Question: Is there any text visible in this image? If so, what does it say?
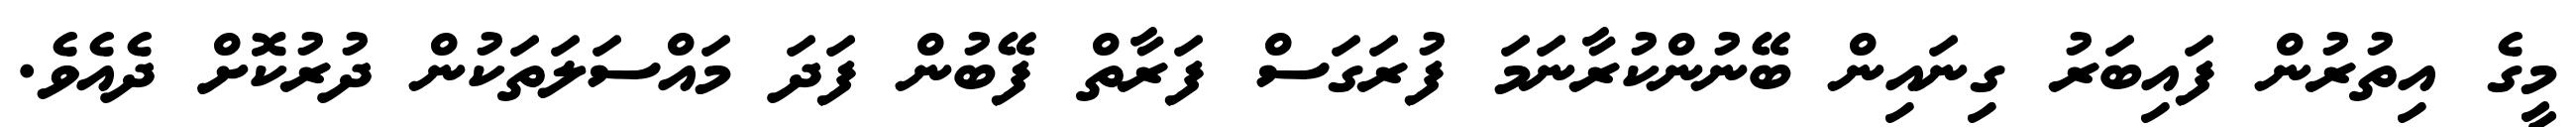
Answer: މީގެ އިތުރުން ފައިބަރު ގިނައިން ބޭނުންކުރާނަމަ ފުރަގަސް ފަރާތް ފޭބުން ފަދަ މައްސަލަތަކުން ދުރުކޮށް ދެއެވެ.